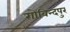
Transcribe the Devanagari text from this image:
गोविन्‍दपुर